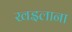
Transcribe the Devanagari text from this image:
खइलाना